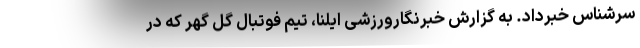
سرشناس خبرداد. به گزارش خبرنگارورزشی ایلنا، تیم فوتبال گل گهر که در